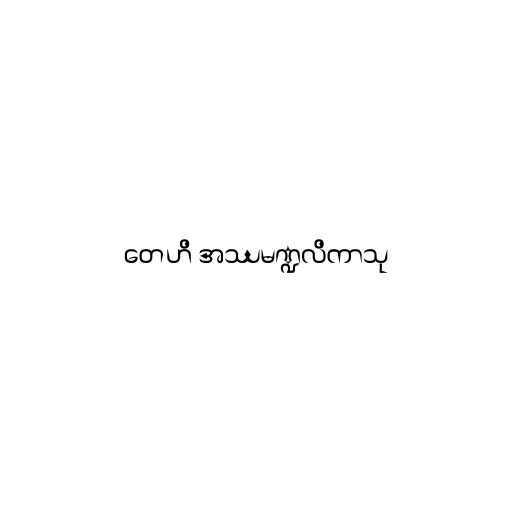
တေဟိ အဿမဏ္ဍလိကာသု